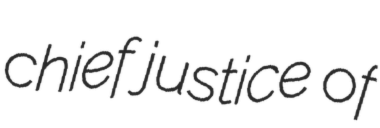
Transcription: chief justice of